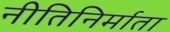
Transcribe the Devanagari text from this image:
नीतिनिर्माता